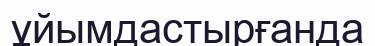
ұйымдастырғанда